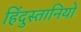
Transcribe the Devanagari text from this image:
हिंदुस्तानियों